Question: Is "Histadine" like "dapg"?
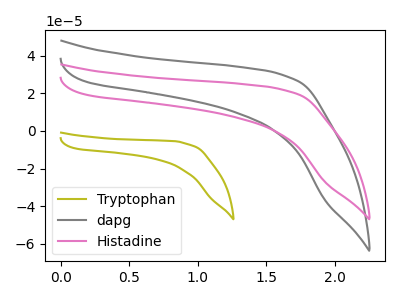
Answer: <think>The olive curve "Tryptophan" has no peaks. The gray curve "dapg" has no peaks. The pink curve "Histadine" has no peaks.
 Neither "Histadine" or "dapg" have any peaks.</think>
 <answer>"Histadine" and "dapg" are similar in shape.</answer>
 <eval>same_shape</eval>